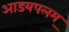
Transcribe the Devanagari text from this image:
आडयपलम्‌